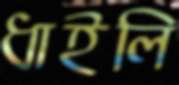
ধাইলি